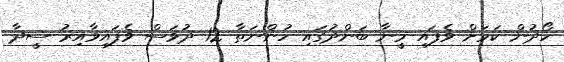
ހޯދުން ކަމަށް ވެފައި މީނާ ބަންދުގައި ހުންނަތާ 12 ދުވަސް ވެފައިވާއިރު ސީދާ